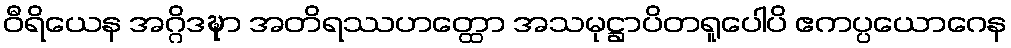
ဝီရိယေန အဂ္ဂိဒဍ္ဎာ အတိရဿဟတ္ထော အသမုဋ္ဌာပိတရူပေါပိ ဧကပ္ပယောဂေန